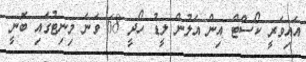
އައިވަރީ ކޯސްޓް އިން އަލުން ލީޑު ހޯދީ 68 ވަނަ މިނިޓުގައި ބޮނީ